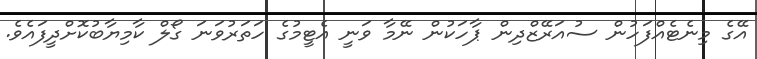
އޭގެ މިނެޓެއްފަހުން ސުއަރޭޒްދިން ޕާހަކުން ނޭމާ ވަނީ އެޓީމުގެ ހަތަރުވަނަ ގޯލް ކާމިޔާބުކޮށްދީފައެވެ.